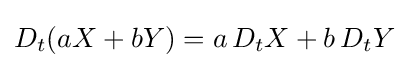
D_{t}(aX+bY)=a\,D_{t}X+b\,D_{t}Y